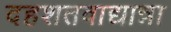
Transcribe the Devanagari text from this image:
दहशतवाद्यान्ना